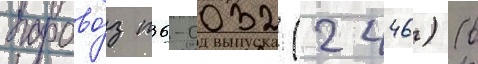
парово́з п36-0032 (2446) (в